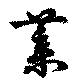
葉